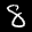
Label: 8